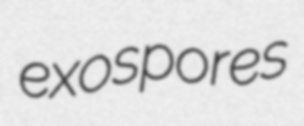
exospores